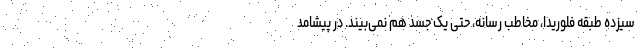
سیزده طبقه فلوریدا، مخاطبِ رسانه، حتی یک جسد هم نمی‌بیند. در پیشامد